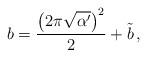
LaTeX: \begin{align*} b=\frac{\left(2\pi\sqrt{\alpha'}\right)^2}{2}+\tilde{b}\,,\end{align*}